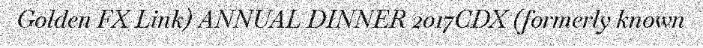
Golden FX Link) ANNUAL DINNER 2017CDX (formerly known